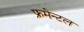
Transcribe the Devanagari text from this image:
फ्रमेन्टल